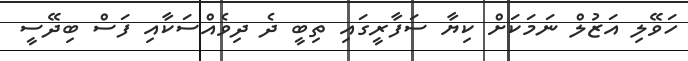
ހަވޭލި އަޒުލް ނަމަކަށް ކިޔާ ސަފާރީގައި ތިބީ ދެ ދިވެއްސަކާއި ފަސް ބިދޭސީ